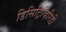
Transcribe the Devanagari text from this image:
डिसिट्रिव्हिरिडी